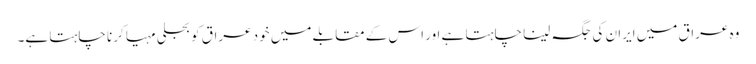
وہ عراق میں ایران کی جگہ لینا چاہتا ہے اور اس کے مقابلے میں خود عراق کو بجلی مہیا کرنا چاہتا ہے۔